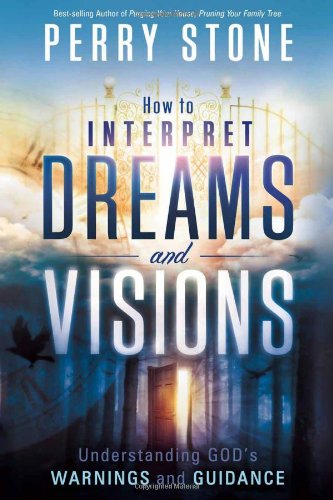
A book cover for How to Interpret Dreams and Visions: Understanding God's warnings and guidance; Perry Stone; Self-Help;